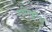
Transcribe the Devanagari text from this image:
समिक्लौस